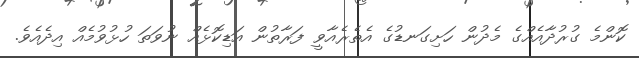
ކޮންމެ ގުރުދާއެއްގެ މެދުން ހަށިގަނޑުގެ އެތެރެއާވީ ފަރާތުން އަޑިކޮޅެއް ނުވަތަ ހުޅުވުމެއް އިދެއެވެ.